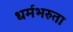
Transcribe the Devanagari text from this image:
धर्मभरुता